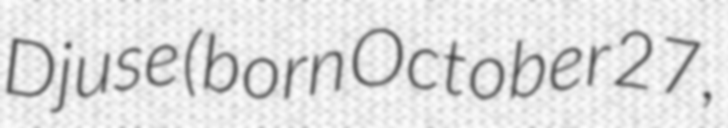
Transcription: Djuse (born October 27,